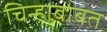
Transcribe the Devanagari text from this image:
चिन्हाबाबत